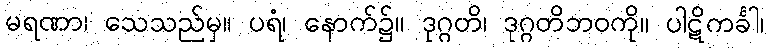
မရဏာ၊ သေသည်မှ။ ပရံ၊ နောက်၌။ ဒုဂ္ဂတိ၊ ဒုဂ္ဂတိဘဝကို။ ပါဋိကင်္ခါ၊